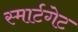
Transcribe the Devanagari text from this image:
स्मार्टगेट